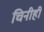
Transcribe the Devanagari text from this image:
चिनीही